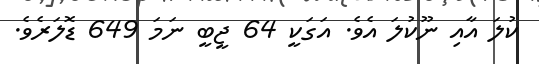
ކުލަ އާއި ނޫކުލަ އެވެ. އަގަކީ 64 ޖީބީ ނަމަ 649 ޑޮލަރެވެ.